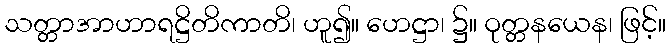
သတ္တာအာဟာရဋ္ဌိတိကာတိ၊ ဟူ၍။ ဟေဋ္ဌာ၊ ၌။ ဝုတ္တနယေန၊ ဖြင့်။